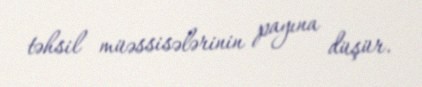
təhsil müəssisələrinin payına düşür.